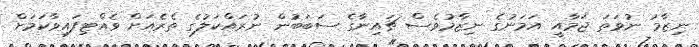
ނިޒާމު ނުވަތަ ޖަމާއީ އަމަނުގެ ނިޒާމުވެސް ޗައިނާގެ ސަބަބުން ނުރައްކަލުގެ ތެރެއަށް ވެއްޓިފައިވާކަމަށް